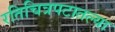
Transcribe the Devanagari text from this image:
रतिचित्रपटातल्या